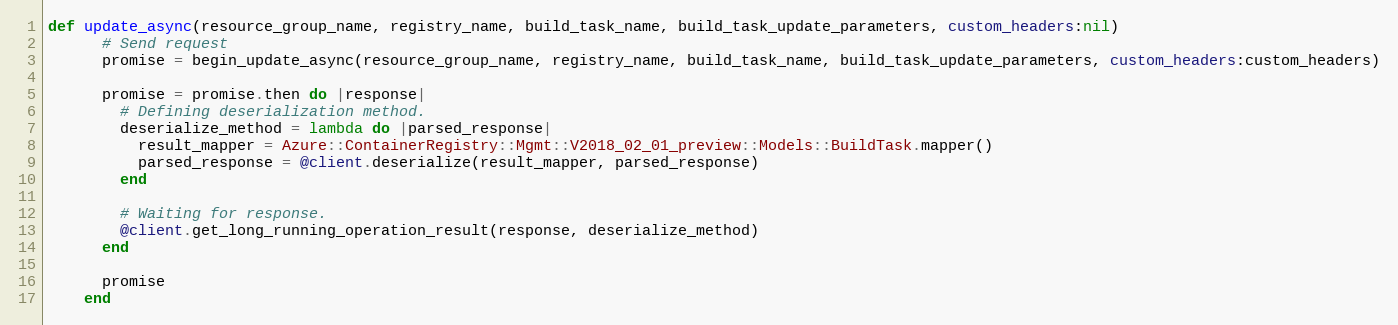
Language: Ruby
def update_async(resource_group_name, registry_name, build_task_name, build_task_update_parameters, custom_headers:nil)
      # Send request
      promise = begin_update_async(resource_group_name, registry_name, build_task_name, build_task_update_parameters, custom_headers:custom_headers)

      promise = promise.then do |response|
        # Defining deserialization method.
        deserialize_method = lambda do |parsed_response|
          result_mapper = Azure::ContainerRegistry::Mgmt::V2018_02_01_preview::Models::BuildTask.mapper()
          parsed_response = @client.deserialize(result_mapper, parsed_response)
        end

        # Waiting for response.
        @client.get_long_running_operation_result(response, deserialize_method)
      end

      promise
    end